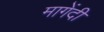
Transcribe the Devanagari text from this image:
मागेंदी